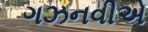
ગઝનવીએ